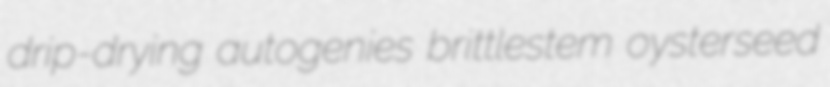
drip-drying autogenies brittlestem oysterseed